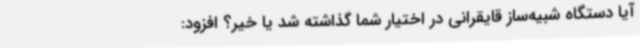
آیا دستگاه شبیه‌ساز قایقرانی در اختیار شما گذاشته شد یا خیر؟ افزود: